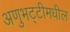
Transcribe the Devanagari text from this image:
अणुभट्टीमधील